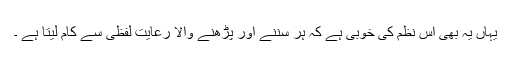
یہاں یہ بھی اس نظم کی خوبی ہے کہ ہر سننے اور پڑھنے والا رعایت لفظی سے کام لیتا ہے ۔